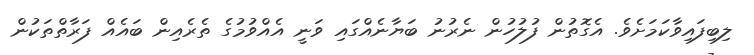
ލިބިފައިވާކަމަށެވެ. އެގޮތުން ފުލުހުން ނެރުނު ބަޔާނެއްގައި ވަނީ އެއްވުމުގެ ތެރެއިން ބައެއް ފަރާތްތަކުން